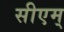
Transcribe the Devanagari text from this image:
सीएम्